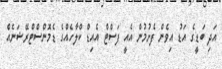
އަދި ބަޑީގެ އަޑު އިވެން ފެށުމުން އެއީ ފަސްޓް އެއިޑް ކްލާހެއްގެ ޑެމޮންސްޓްރޭޝަނެއް